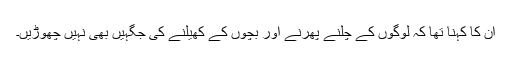
ان کا کہنا تھا کہ لوگوں کے چلنے پھرنے اور بچوں کے کھیلنے کی جگہیں بھی نہیں چھوڑیں۔